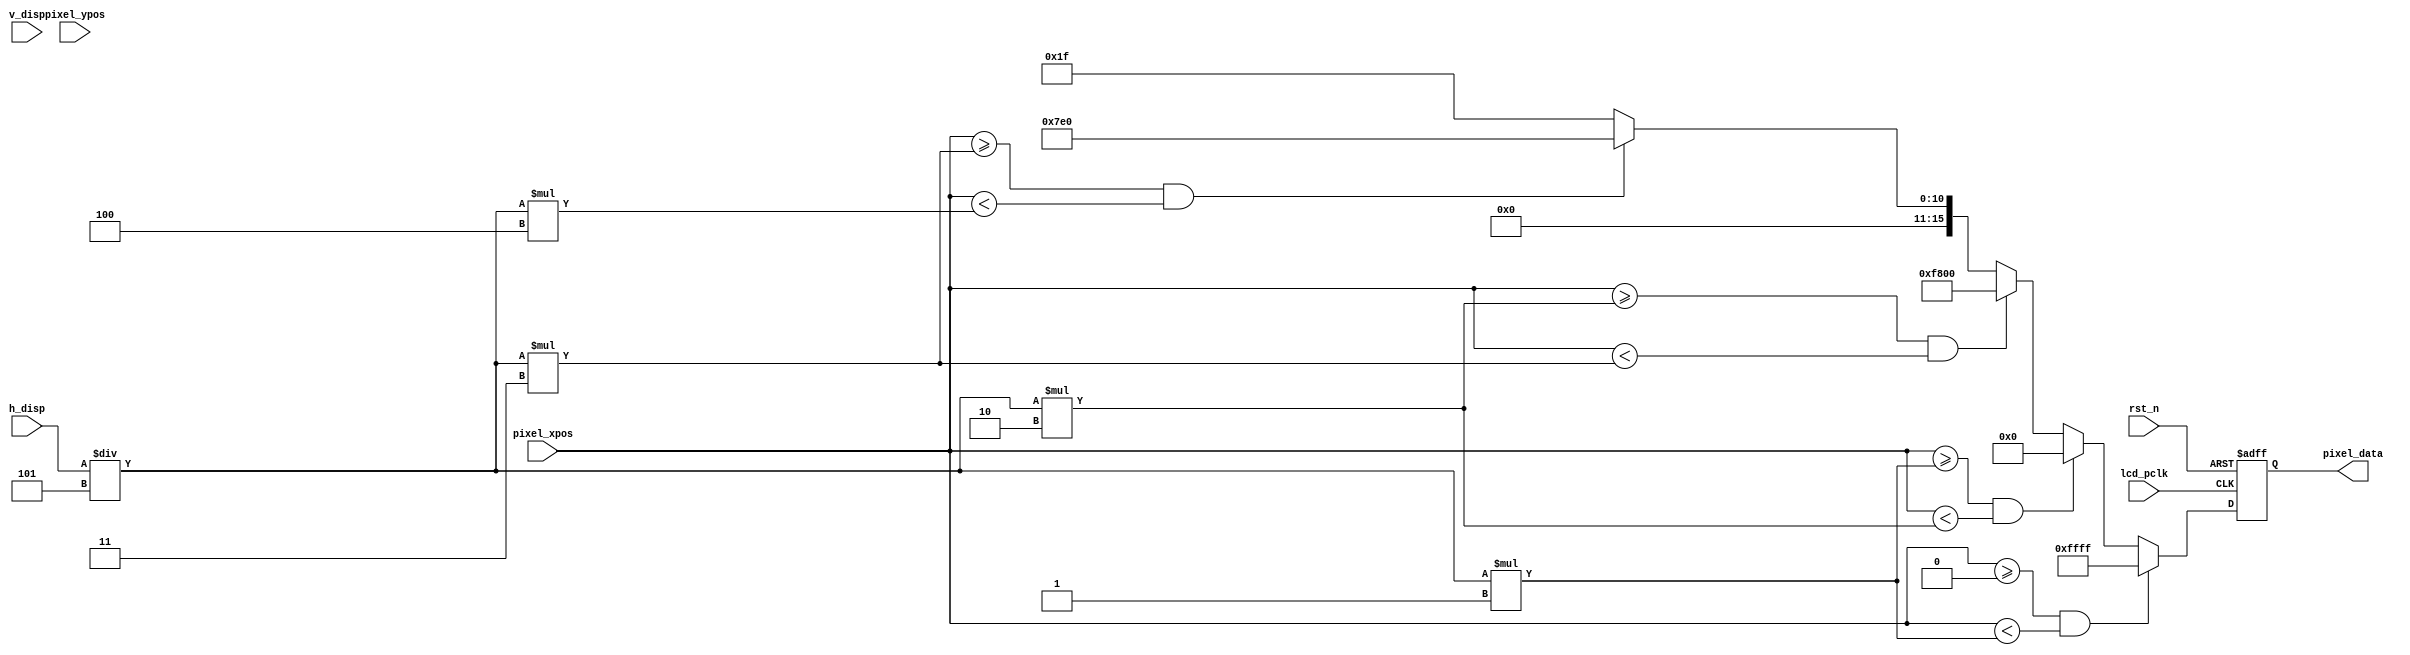
/****************************************************************************************
	
	File name    : lcd_display.v
	LastEditors  : H
	LastEditTime : 2021-09-14 19:45:16
	Last Version : 1.0
	Description  : lcd display low-level module
	
	----------------------------------------------------------------------------------------
	
	Author       : H
	Date         : 2021-09-14 19:45:14
	FilePath     : lcd_display.v
	Copyright 2021 H, All Rights Reserved. 
	
 ****************************************************************************************/
module lcd_display(
    // System Clock
    input        lcd_pclk,
    input        rst_n,

    // User Interface
    input   [10:0]      pixel_xpos,
    input   [10:0]      pixel_ypos,
    input   [10:0]      h_disp,
    input   [10:0]      v_disp,
    output  reg [15:0]  pixel_data
);
    // parameter define
    parameter WHITE = 16'b11111_111111_11111;
    parameter BLACK = 16'b00000_000000_00000;
    parameter RED   = 16'b11111_000000_00000;
    parameter GREEN = 16'b00000_111111_00000;
    parameter BLUE  = 16'b00000_000000_11111;

/*******************************************************************************
 *                                 Main Code
*******************************************************************************/

    always @(posedge lcd_pclk or negedge rst_n ) begin
        if(!rst_n)begin
            pixel_data <= BLACK;
        end
        else begin
            if ((pixel_xpos >= 11'b0) && (pixel_xpos < h_disp / 5 * 1)) begin
                pixel_data <= WHITE;
            end
            else if ((pixel_xpos >= h_disp / 5 * 1) && (pixel_xpos < h_disp / 5 * 2)) begin
                pixel_data <= BLACK;
            end
            else if ((pixel_xpos >= h_disp / 5 * 2) && (pixel_xpos < h_disp / 5 * 3)) begin
                pixel_data <= RED;
            end
            else if ((pixel_xpos >= h_disp / 5 * 3) && (pixel_xpos < h_disp / 5 * 4)) begin
                pixel_data <= GREEN;
            end
            else
                pixel_data <= BLUE;
        end
    end
    
endmodule